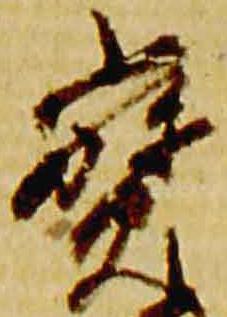
宝